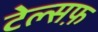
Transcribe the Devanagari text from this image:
टेल्सफ़